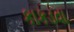
કાકડવા